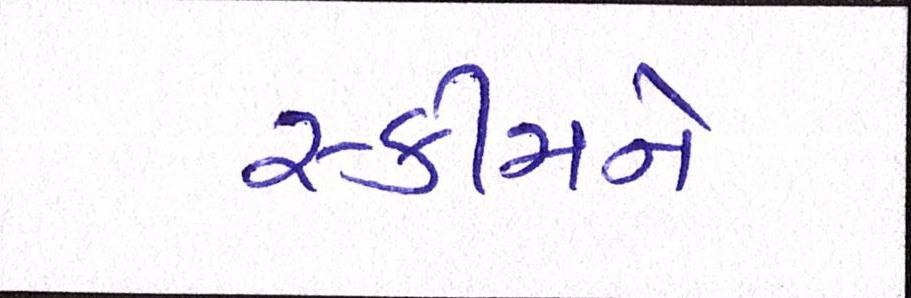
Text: સ્કીમને